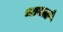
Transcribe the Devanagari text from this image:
भावार्त